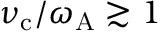
\nu _ { \mathrm { c } } / \omega _ { \mathrm { A } } \gtrsim 1